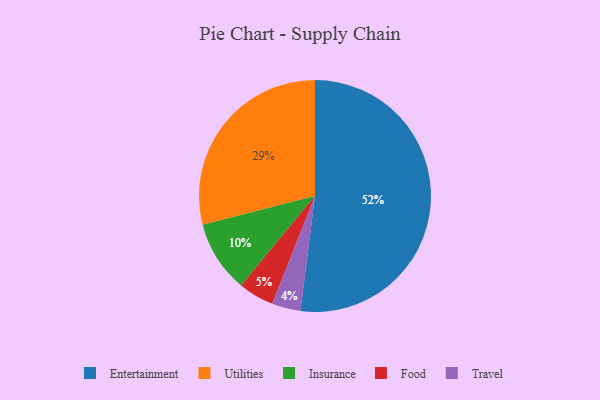
{"axis": {"x": "Category", "y": "Percentage"}, "legend": ["Entertainment", "Food", "Insurance", "Travel", "Utilities"], "data": [{"x": "Travel", "y": 4, "type": "Travel"}, {"x": "Entertainment", "y": 52, "type": "Entertainment"}, {"x": "Insurance", "y": 10, "type": "Insurance"}, {"x": "Utilities", "y": 29, "type": "Utilities"}, {"x": "Food", "y": 5, "type": "Food"}]}